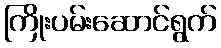
ကြိုးပမ်းဆောင်ရွက်